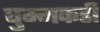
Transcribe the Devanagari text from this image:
घुम्मकडी